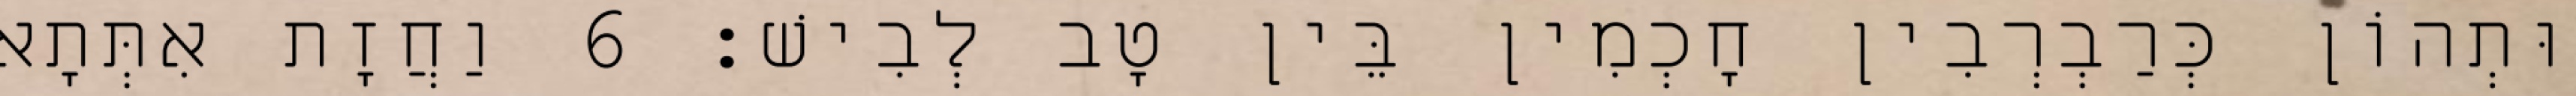
וּתְהוֹן כְּרַבְרְבִין חָכְמִין בֵּין טָב לְבִישׁ׃ 6 וַחֲזָת אִתְּתָא